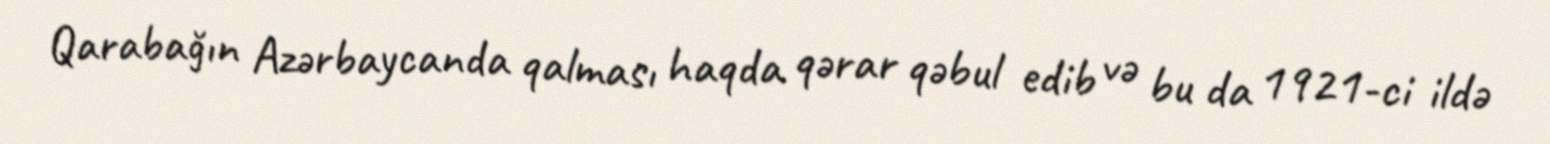
Qarabağın Azərbaycanda qalması haqda qərar qəbul edib və bu da 1921-ci ildə